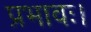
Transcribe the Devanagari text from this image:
प्रभावः।